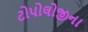
ટોપોલોજીના